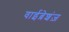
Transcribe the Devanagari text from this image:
वाईब्रेशंज़